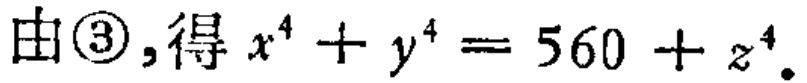
由\textcircled{3},得 \(x^{4}+y^{4}=560 + z^{4}\).